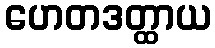
ဟေတဒတ္ထာယ